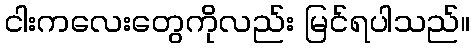
ငါးကလေးတွေကိုလည်း မြင်ရပါသည်။